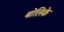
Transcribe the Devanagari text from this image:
बोलिके